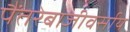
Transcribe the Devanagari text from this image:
पैंतरेबाजीवर्साय